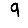
Digit: 9